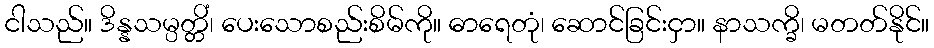
ငါသည်။ ဒိန္နသမ္ပတ္တိံ၊ ပေးသောစည်းစိမ်ကို။ ဓာရေတုံ၊ ဆောင်ခြင်းငှာ။ နာသက္ခိ၊ မတတ်နိုင်။